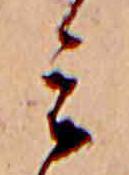
ミ